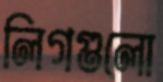
লিগগুলো